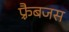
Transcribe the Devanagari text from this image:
फ़्रैबजस